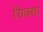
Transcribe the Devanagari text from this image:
सिक्सा